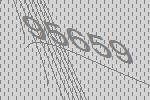
95659